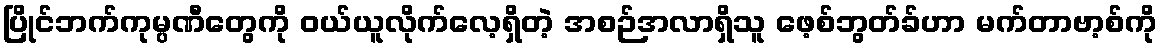
ပြိုင်ဘက်ကုမ္ပဏီတွေကို ဝယ်ယူလိုက်လေ့ရှိတဲ့ အစဉ်အလာရှိသူ ဖေ့စ်ဘွတ်ခ်ဟာ မက်တာဗာ့စ်ကို